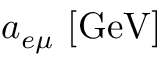
a _ { e \mu } ~ [ \mathrm { G e V ] }